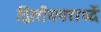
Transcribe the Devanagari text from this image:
द्वितीयपरार्ध्दे